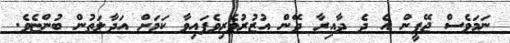
ނަމަވެސް ޖޭޕީން އެ ދެ ދާއިރާ ދޭން އުޒުރުވެރިވެފައިވާ ކަމަށް އަދާލަތުން ބުންޏެވެ.